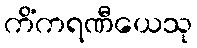
ကိံကရဏီယေသု